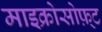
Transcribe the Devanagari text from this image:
माइक्रोसोफ़्ट